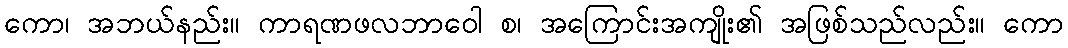
ကော၊ အဘယ်နည်း။ ကာရဏဖလဘာဝေါ စ၊ အကြောင်းအကျိုး၏ အဖြစ်သည်လည်း။ ကော